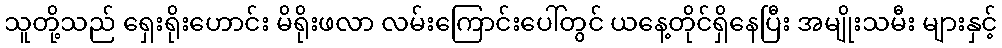
သူတို့သည် ရှေးရိုးဟောင်း မိရိုးဖလာ လမ်းကြောင်းပေါ်တွင် ယနေ့တိုင်ရှိနေပြီး အမျိုးသမီး များနှင့်